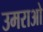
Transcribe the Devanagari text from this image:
उमराओ